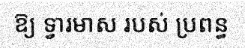
ឱ្យ ទ្វារមាស របស់ ប្រពន្ធ